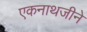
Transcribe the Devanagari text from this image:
एकनाथजीने